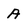
Character: A